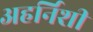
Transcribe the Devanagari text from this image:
अहर्निशी